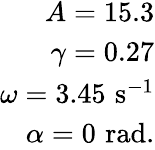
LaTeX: \begin{array}{r}{A=15.3}\\ {\gamma=0.27}\\ {\omega=3.45\, \, \mathrm{s^{-1}}}\\ {\alpha=0\, \, \mathrm{rad}.}\end{array}